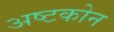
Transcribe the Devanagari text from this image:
अष्टकोन